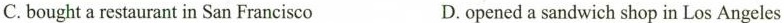
C.bought a restaurant in San Francisco D.opened a sandwich shop in Los Angeles